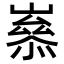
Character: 𡼶